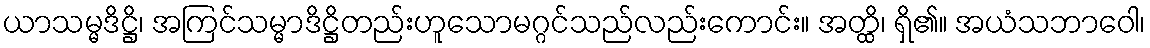
ယာသမ္မဒိဋ္ဌိ၊ အကြင်သမ္မာဒိဋ္ဌိတည်းဟူသောမဂ္ဂင်သည်လည်းကောင်း။ အတ္ထိ၊ ရှိ၏။ အယံသဘာဝေါ၊